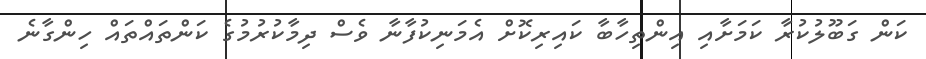
ކަން ގަބޫލުކުރާ ކަމަށާއި އިންތިހާބާ ކައިރިކޮށް އެމަނިކުފާނާ ވެސް ދިމާކުރުމުގެ ކަންތައްތައް ހިންގާނެ